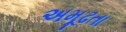
અમૂઢતા